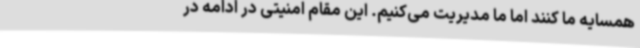
همسایه ما کنند اما ما مدیریت می‌کنیم. این مقام امنیتی در ادامه در